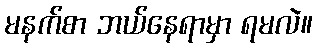
မနက်စာ ဘယ်နေရာမှာ ရမလဲ။